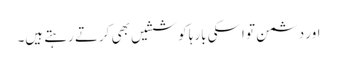
اور دشمن تو اسکی بارہا کوششیں بھی کرتے رہتے ہیں۔